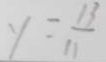
y = \frac { 1 3 } { 1 1 }